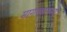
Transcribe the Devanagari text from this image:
मागण्यांमध्ये